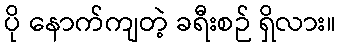
ပို နောက်ကျတဲ့ ခရီးစဉ် ရှိလား။